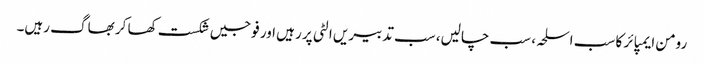
رومن ایمپائر کا سب اسلحہ، سب چالیں، سب تدبیریں الٹی پر رہیں اور فوجیں شکست کھا کر بھاگ رہیں۔